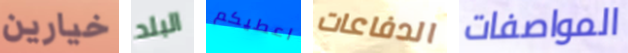
خيارين البلد اعطيكم الدفاعات المواصفات